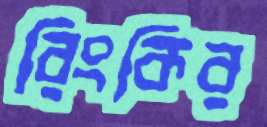
রিংকির